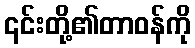
၎င်းတို့၏တာဝန်ကို